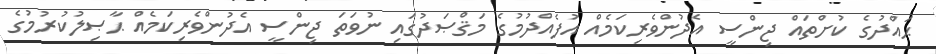
ޙައްދުގެ ކުށްތައް ޖިންސީ އެދުންވެރިކަމެއް އުފެއްދުމުގެ މަޤްޞަދުގައި ނުވަތަ ޖިންސީ އެދުންވެރިކަމެއް ޙާޞިލުކުރުމުގެ